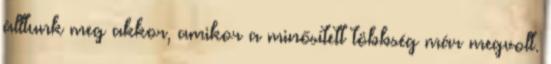
álltunk meg akkor, amikor a minősített többség már megvolt.